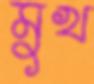
মুখ